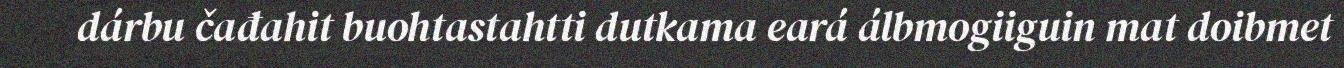
dárbu čađahit buohtastahtti dutkama eará álbmogiiguin mat doibmet